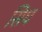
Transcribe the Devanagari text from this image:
सिघ